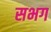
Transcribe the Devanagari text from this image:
सभग